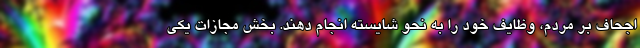
اجحاف بر مردم، وظایف خود را به نحو شایسته انجام دهند. بخش مجازات یکی